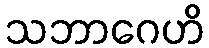
သဘာဂေဟိ